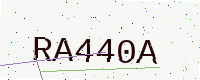
Text: RA440A